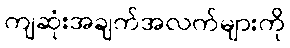
ကျဆုံးအချက်အလက်များကို